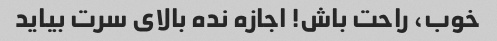
خوب، راحت باش! اجازه نده بالای سرت بیاید